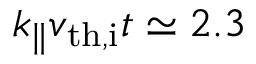
k _ { \parallel } v _ { \mathrm { t h , i } } t \simeq 2 . 3